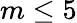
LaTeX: m\le 5